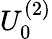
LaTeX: U_{0}^{(2)}